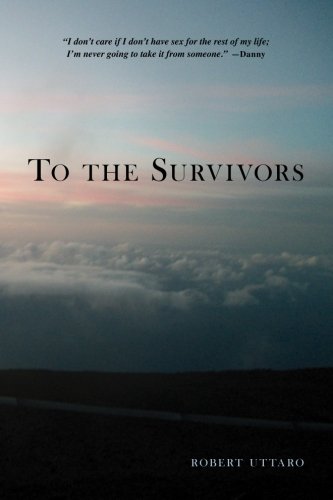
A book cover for To the Survivors: One Man's Journey as a Rape Crisis Counselor with True Stories of Sexual Violence; Robert Uttaro; Teen & Young Adult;